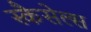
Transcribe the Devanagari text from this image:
स्कैसेल्स